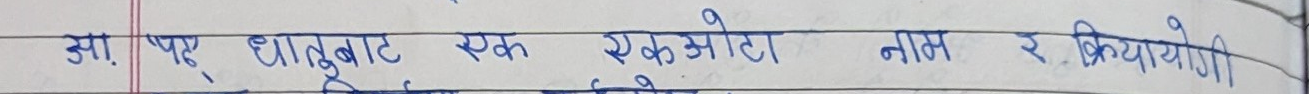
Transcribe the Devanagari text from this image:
आ. प् धातुबाट एक एकओटा नाम र क्रियायोगी।